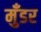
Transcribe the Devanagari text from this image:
मुँडर